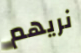
نريهم